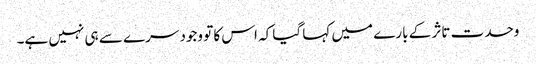
وحدت تاثر کے بارے میں کہا گیا کہ اس کا تو وجود سرے سے ہی نہیں ہے۔